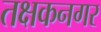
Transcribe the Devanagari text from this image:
तक्षकनगर